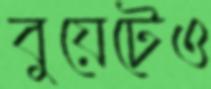
বুয়েটেও